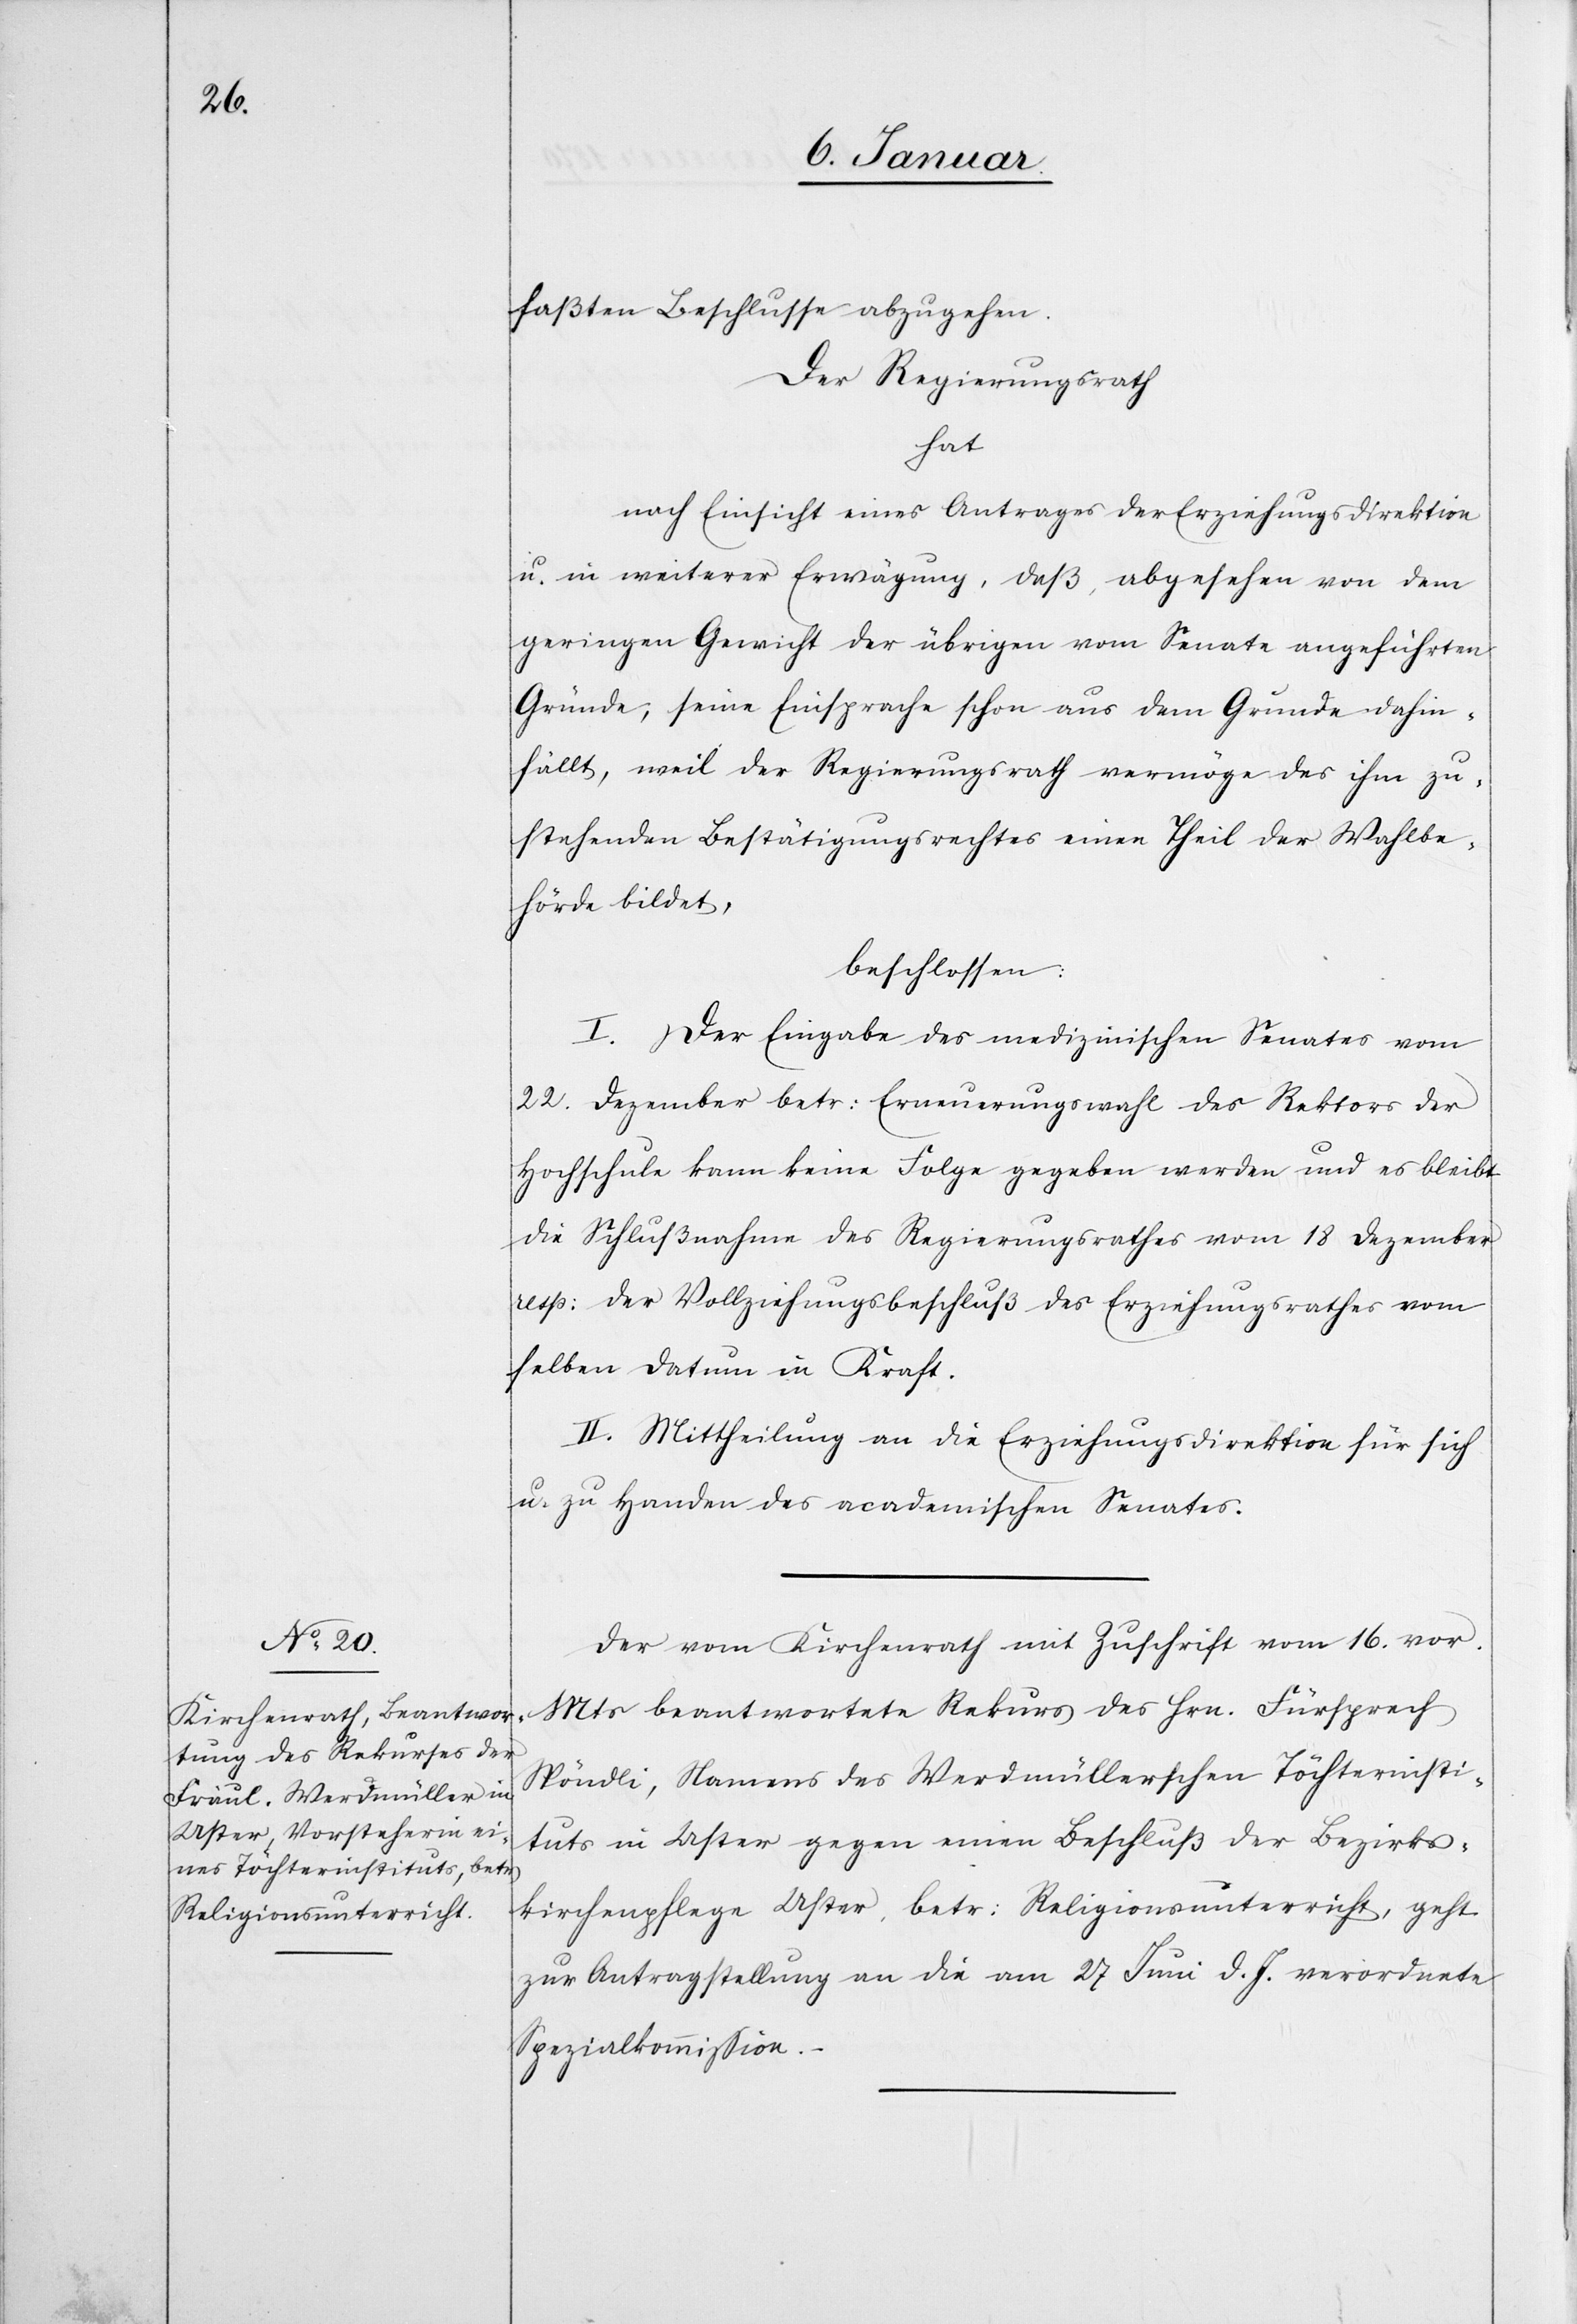
faßten Beschlusse abzugehen.
Der Regierungsrath
hat
nach Einsicht eines Antrages der Erziehungsdirektion
u. in weiterer Erwägung, daß, abgesehen von dem
geringen Gewicht der übrigen vom Senate angeführten
Gründe, seine Einsprache schon aus dem Grunde dahin¬
fällt, weil der Regierungsrath vermöge des ihm zu¬
stehenden Bestätigungsrechtes einen Theil der Wahlbe¬
hörde bildet,
beschlossen:
I. Der Eingabe des medizinischen [sic!] Senates vom
22. Dezember betr: Erneuerungswahl des Rektors der
Hochschule kann keine Folge gegeben werden und es bleibt
die Schlußnahme des Regierungsrathes vom 18 Dezember
resp: der Vollziehungsbeschluß des Erziehungsrathes vom
selben Datum in Kraft.
II. Mittheilung an die Erziehungsdirektion für sich
u. zu Handen des academischen Senates.
Der vom Kirchenrath mit Zuschrift vom 16. vor.
Mts beantwortete Rekurs des Hrn. Fürsprech
Spöndli, Namens des Werdmüllerschen Töchterinsti¬
tuts in Uster gegen einen Beschluß der Bezirks¬
kirchenpflege Uster betr: Religionsunterricht, geht
zur Antragstellung an die am 27. Juni d. J. verordnete
Spezialkommission.